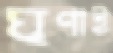
ঘৃণাই